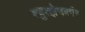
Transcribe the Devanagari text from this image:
श्युत्झेनबर्गर